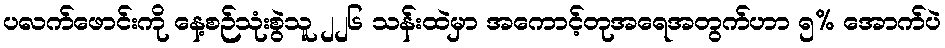
ပလက်ဖောင်းကို နေ့စဉ်သုံးစွဲသူ ၂၂၆ သန်းထဲမှာ အကောင့်တုအရေအတွက်ဟာ ၅% အောက်ပဲ